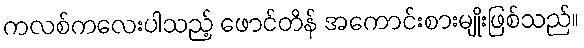
ကလစ်ကလေးပါသည့် ဖောင်တိန် အကောင်းစားမျိုးဖြစ်သည်။